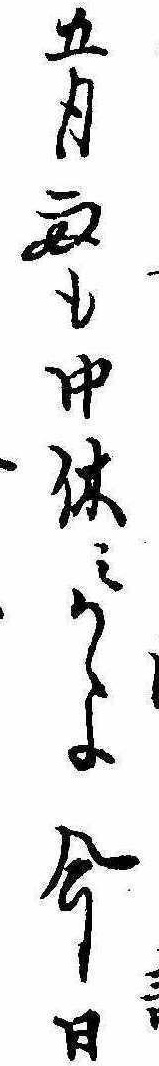
五月雨も中休みかよ今日